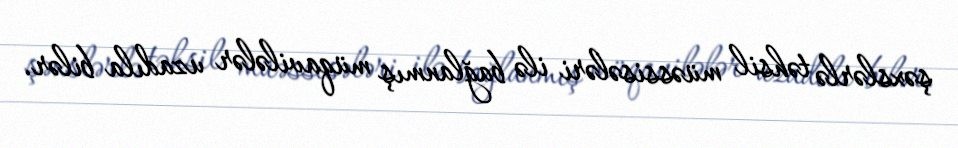
şəxslərlə təhsil müəssisələri ilə bağlanmış müqavilələr uzadıla bilər.